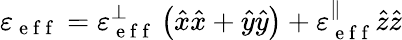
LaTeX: \varepsilon_{\mathrm{~e~f~f~}}=\varepsilon_{\mathrm{~e~f~f~}}^{\perp}\left(\hat{x}\hat{x}+\hat{y}\hat{y}\right)+\varepsilon_{\mathrm{~e~f~f~}}^{\parallel}\hat{z}\hat{z}